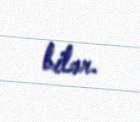
bilər.